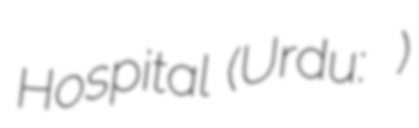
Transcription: Hospital (Urdu: الائیڈ سپتال)